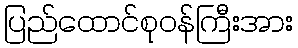
ပြည်ထောင်စုဝန်ကြီးအား